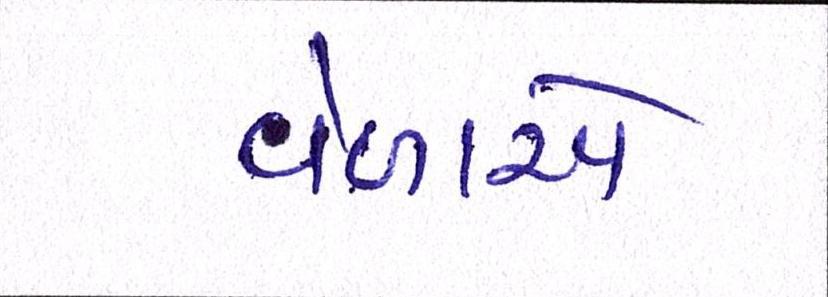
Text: વેળાએ